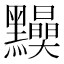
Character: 𪒾